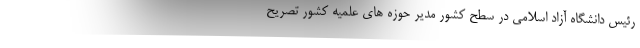
رئیس دانشگاه آزاد اسلامی در سطح کشور مدیر حوزه های علمیه کشور تصریح